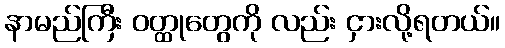
နာမည်ကြီး ဝတ္ထုတွေကို လည်း ငှားလို့ရတယ်။